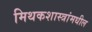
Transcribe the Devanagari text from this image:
मिथकशास्त्रांमधील